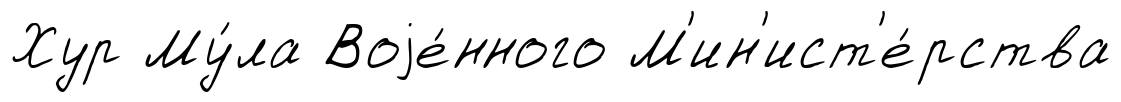
Хур Му́ла Воjе́нного М'ин'ист'е́рства